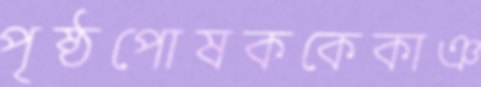
পৃষ্ঠপোষককেকাঞ